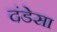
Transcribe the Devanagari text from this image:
दंडेसा